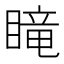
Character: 𥉫